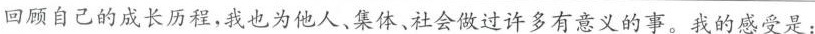
回顾自己的成长历程，我也为他人、集体、社会做过许多有意义的事。我的感受是：